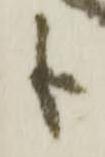
も